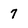
Character: 7